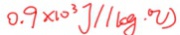
0 . 9 \times 1 0 ^ { 3 } J / / k g \cdot ^ { \circ } C